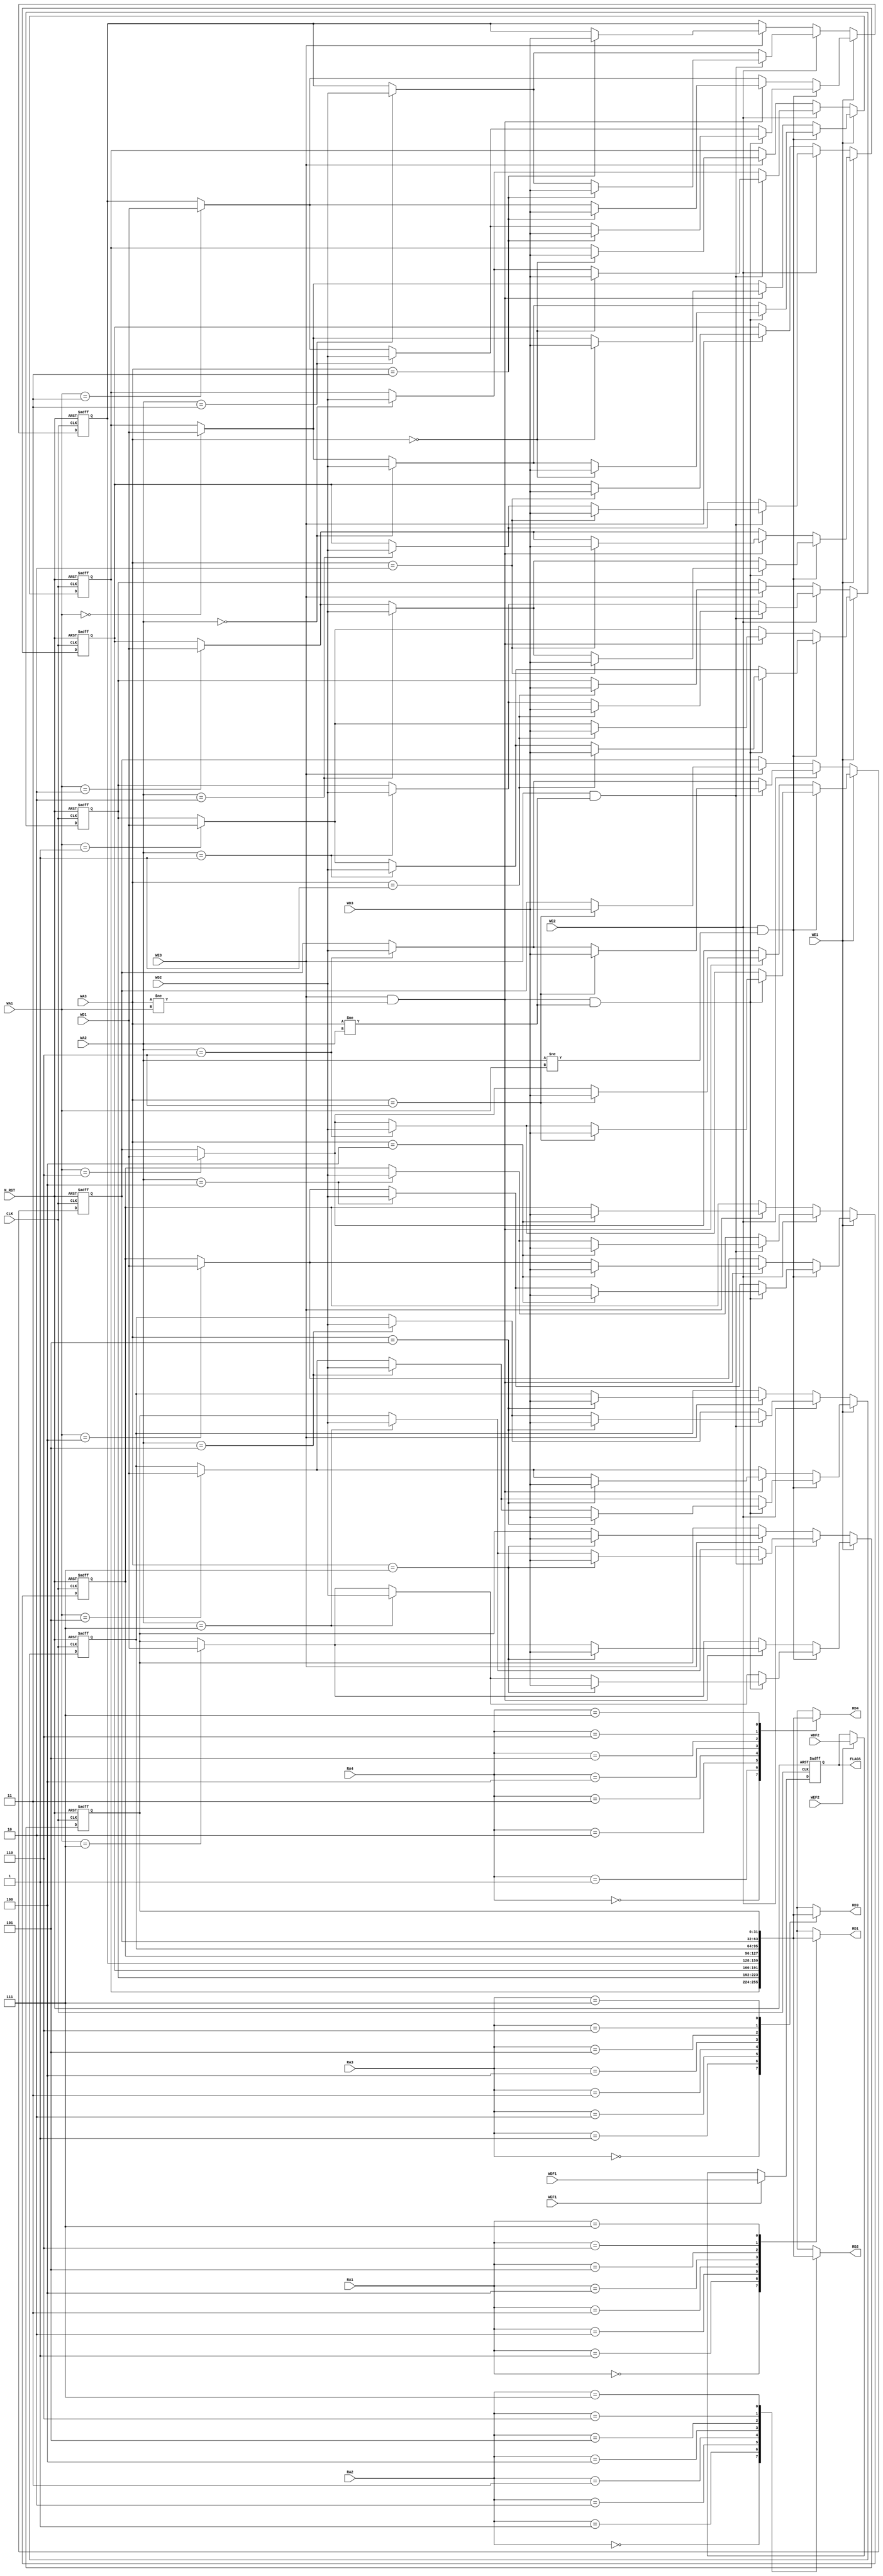
module RF(CLK, N_RST, RA1, RD1, RA2, RD2, RA3, RD3, RA4, RD4, WA1, WD1, WE1, WA2, WD2, WE2, WA3, WD3, WE3, WDF1, WEF1, WDF2, WEF2, FLAGS);
	input CLK, N_RST;
	
	input [2:0] RA1, RA2, RA3, RA4;
	output [31:0] RD1, RD2, RD3, RD4;
	input [2:0] WA1, WA2, WA3;
	input [31:0] WD1, WD2, WD3;
	input [4:0] WDF1, WDF2;
	input WE1, WE2, WE3, WEF1, WEF2;
	output [4:0] FLAGS;
	
	reg [4:0] FLAGS;
	reg [31:0] REG[0:7];
	
	always @(posedge CLK or negedge N_RST) begin
		if(~N_RST) begin
			REG[0] <= 32'b0;
			REG[1] <= 32'b0;
			REG[2] <= 32'b0;
			REG[3] <= 32'b0;
			REG[4] <= 32'b0;
			REG[5] <= 32'b0;
			REG[6] <= 32'b0;
			REG[7] <= 32'b0;
			FLAGS <= 5'b0;
		end else begin
			if(WE1) begin
				REG[WA1] <= WD1;
				if(WE2 && WA2 != WA1) begin
					REG[WA2] <= WD2;
					if(WE3 && WA3 != WA1 && WA3 != WA2) begin
						REG[WA3] <= WD3;
					end
				end else if(WE3 && WA3 != WA1) begin
					REG[WA3] <= WD3;
				end
			end else if(WE2) begin
				REG[WA2] <= WD2;
				if(WE3 && WA3 != WA2) begin
					REG[WA3] <= WD3;
				end
			end else if(WE3) begin
				REG[WA3] <= WD3;
			end
			if(WEF1) begin
				FLAGS <= WDF1;
			end else if(WEF2) begin
				FLAGS <= WDF2;
			end
		end
	end
	
	assign RD1 = REG[RA1];
	assign RD2 = REG[RA2];
	assign RD3 = REG[RA3];
	assign RD4 = REG[RA4];
endmodule